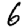
Digit: 6